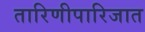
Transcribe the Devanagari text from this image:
तारिणीपारिजात